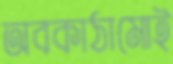
অবকাঠামোই